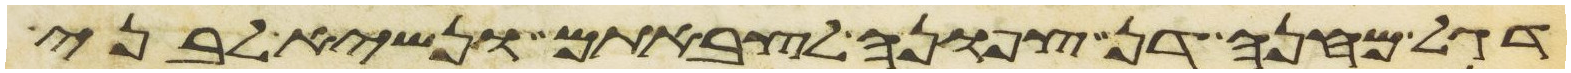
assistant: דגל מחנה דן צפונה לצבאתם ונשיא לבני